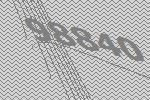
98840